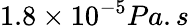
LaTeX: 1.8\times 10^{-5}Pa.s